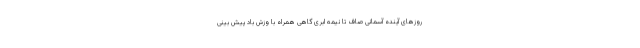
روزهای آینده آسمانی صاف تا نیمه ابری گاهی همراه با وزش باد پیش بینی